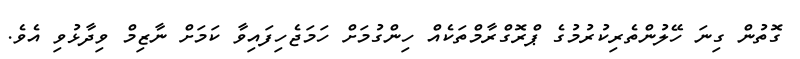
ގޮތުން ގިނަ ހޭލުންތެރިކުރުމުގެ ޕްރޮގްރާމްތަކެއް ހިންގުމަށް ހަމަޖެހިފައިވާ ކަމަށް ނާޒިމް ވިދާޅުވި އެވެ.